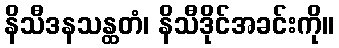
နိသီဒနသန္ထတံ၊ နိသီဒိုင်အခင်းကို။